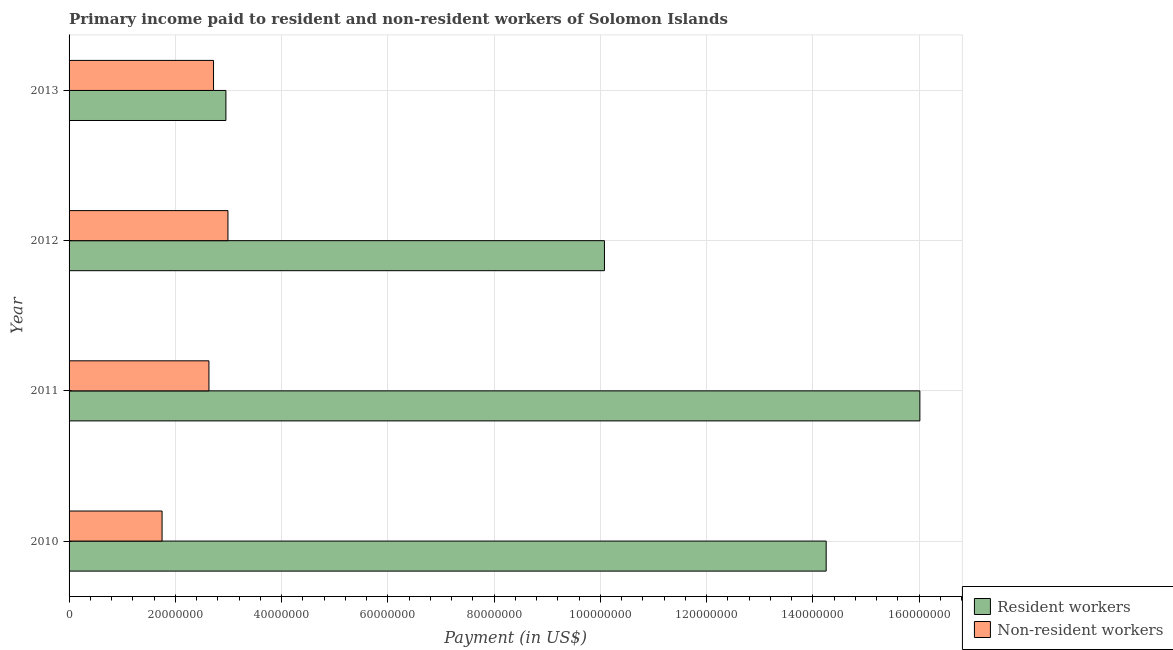
| Year | Resident workers | Non-resident workers |
 | --- | --- | --- |
 | 2010 | 1.42e+08 | 1.75e+07 |
 | 2011 | 1.6e+08 | 2.63e+07 |
 | 2012 | 1.01e+08 | 2.99e+07 |
 | 2013 | 2.95e+07 | 2.72e+07 |